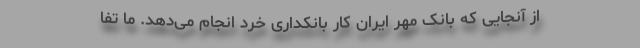
از آنجایی که بانک مهر ایران کار بانکداری خرد انجام می‌دهد. ما تفا